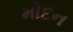
મોદન